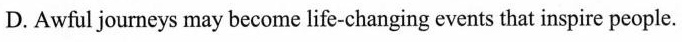
D.Awful journeys may become life-changing events that inspire people.